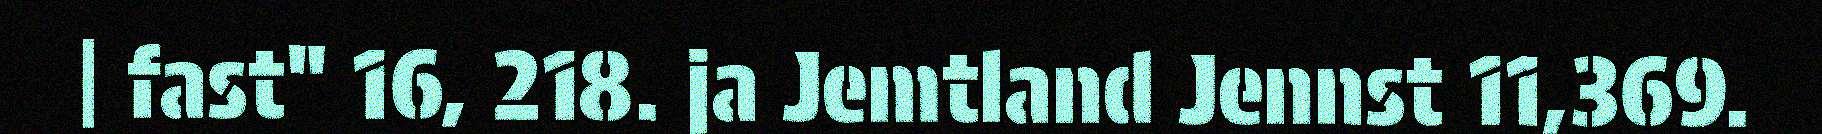
| fast" 16, 218. ja Jemtland Jennst 11,369.